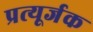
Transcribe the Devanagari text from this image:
प्रत्यूर्जक